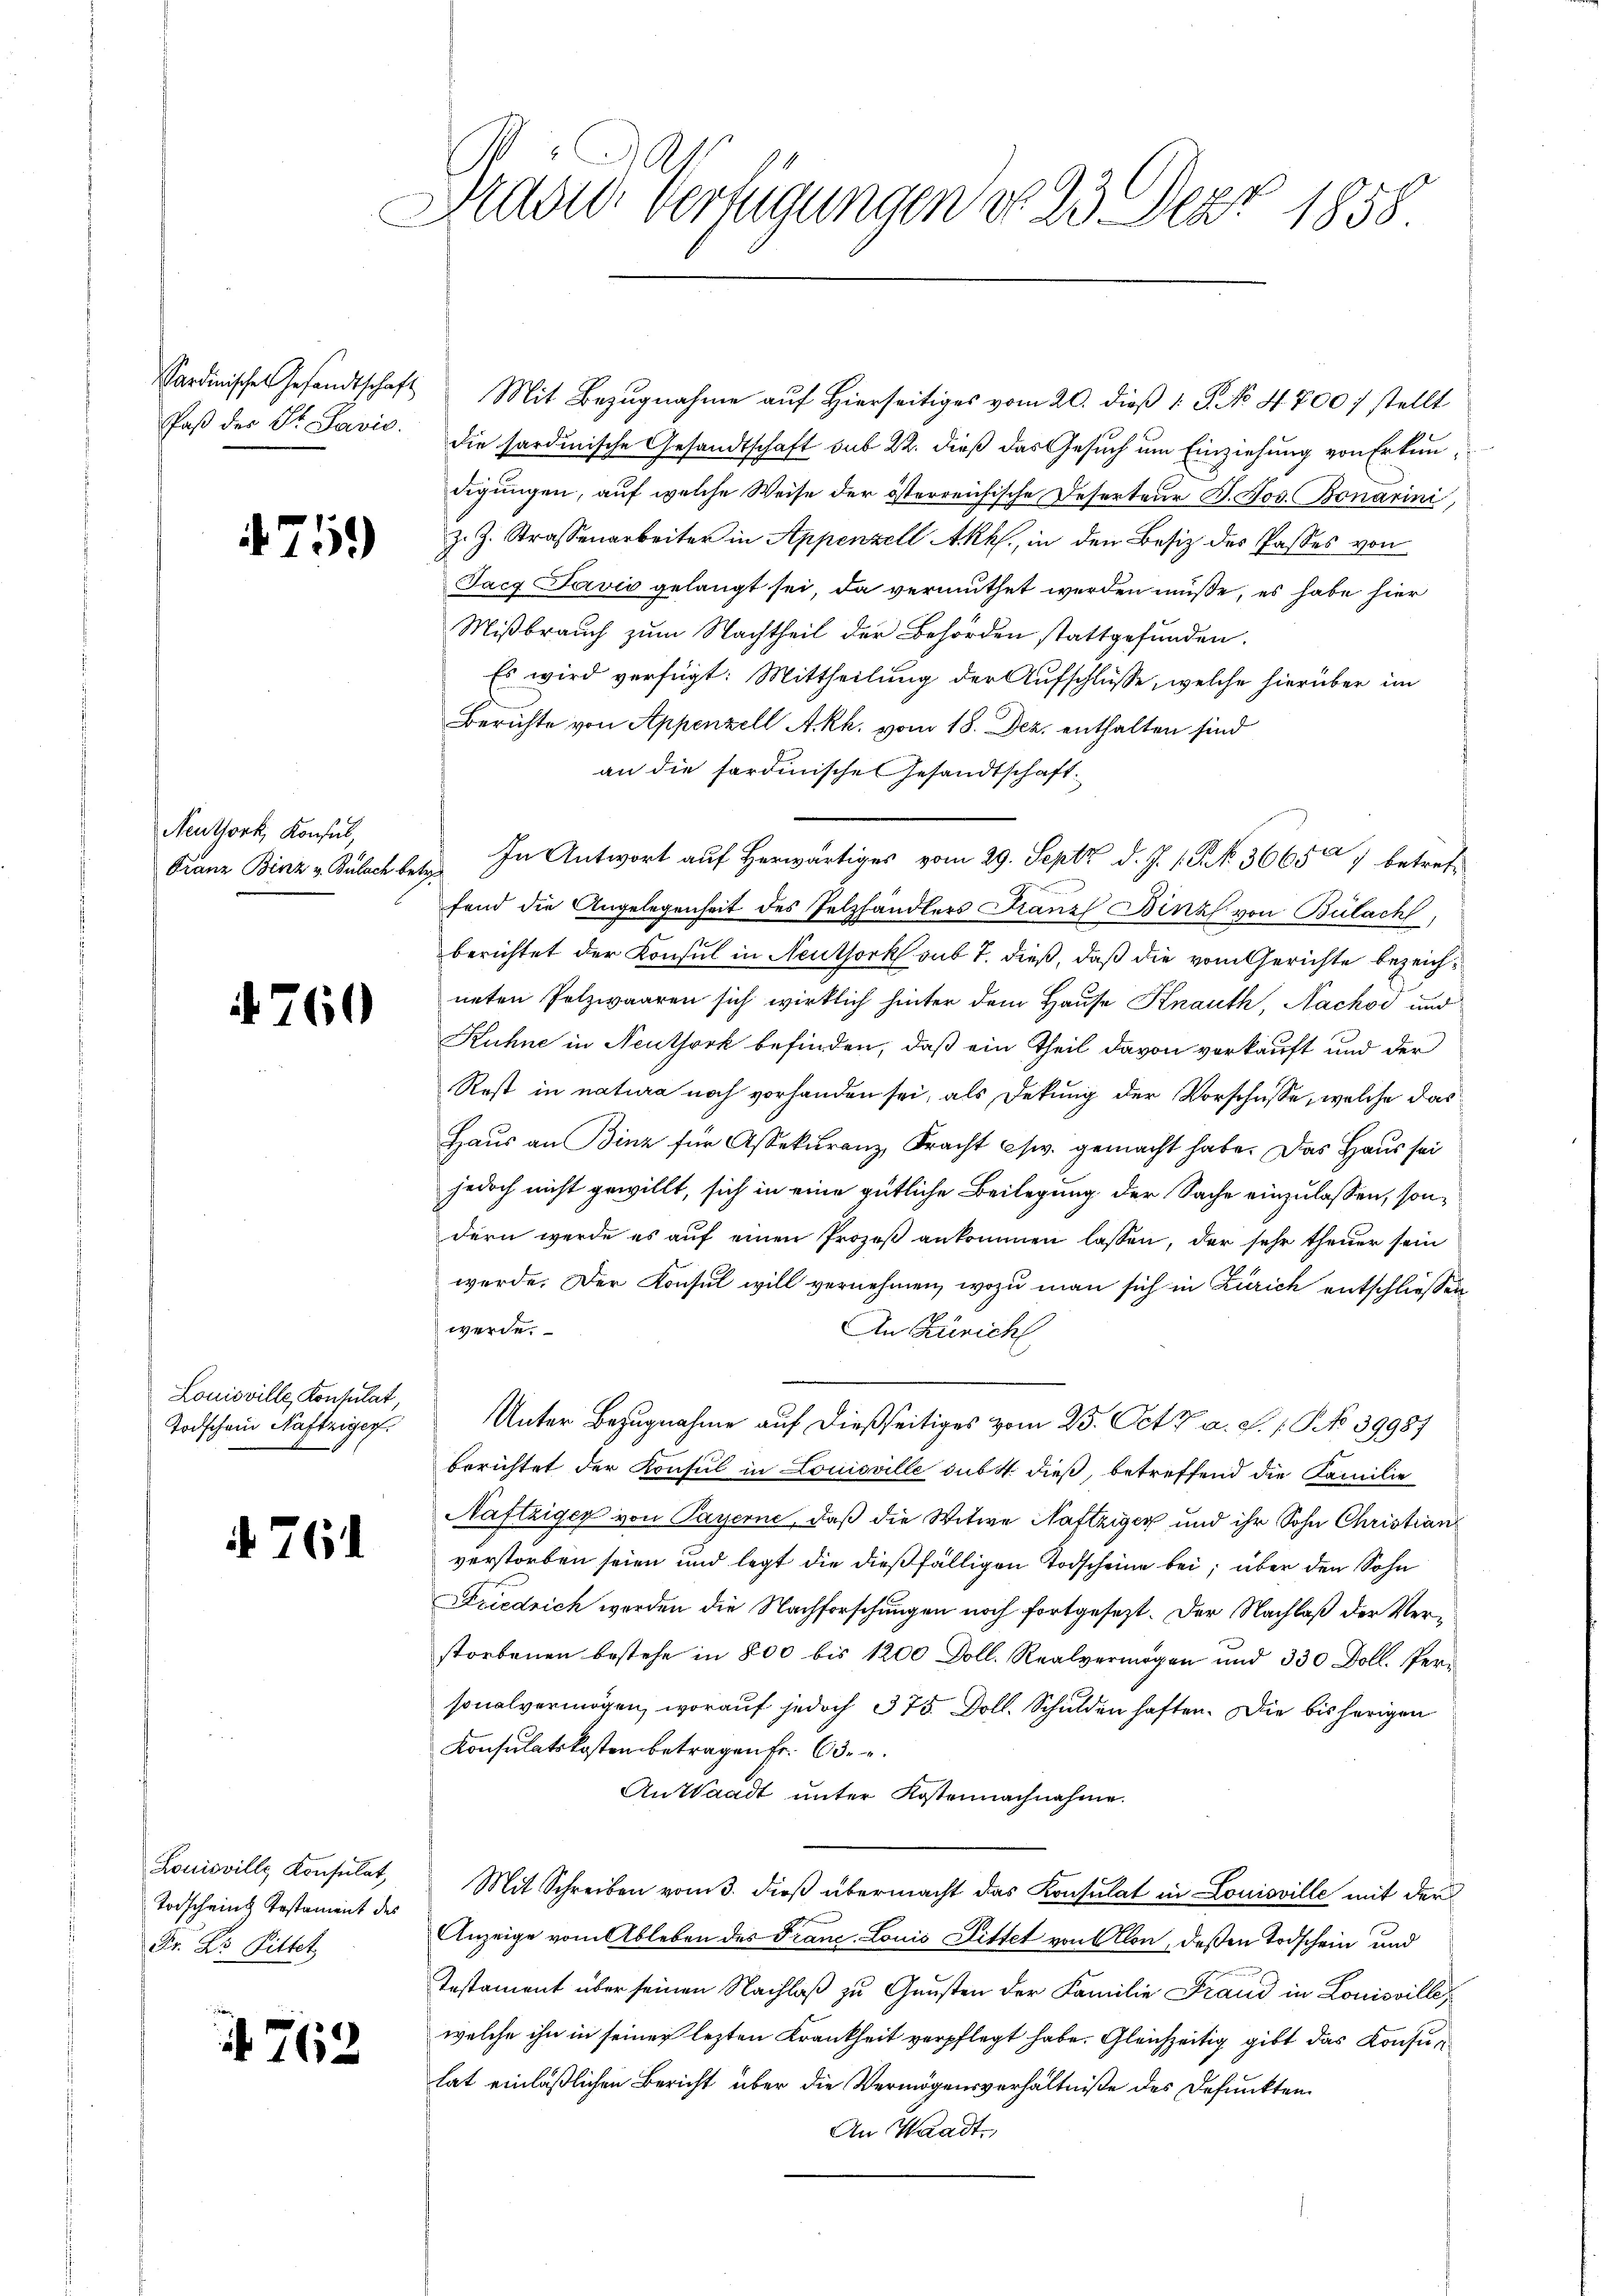
Sardinische Gesandtschaft
faß der Dr. Savio.

4751)

Neuthork, Konsul,

4760

Louisville, Konsulat,
Todschein Naftziger.

761

Louisville Konsulat,
Todschein Testament des
Fr. Dr. Pittet

762

Präsid. Verfügungen von 23. Derz 1858

Mit Bezugnahme auf Hierseitiges vom 20. dieß 1 S. No 4800; stellt
die sardinische Gesandtschaft sub 22. dieß das Gesuch um Einziehung von Erkundigungen, auf welche Weise der österreichische Deserteur H. Jos. Bonarini,
J. J. Strassenarbeiter in Appenzell Akkl., in den Besiz des Passes von
Tacq Javić gelangt sei, da vermuthet werden müße, es habe hier
Mißbrauch zum Nachtheil der Behörden stattgefunden.
Es wird verfügt: Mittheilung der Aufschlüsse, welche hierüber im
Berichte von Appenzell Akh. vom 18. Dez. enthalten sind
an die sardinische Gesandtschaft.
Franz Binz v. Bülach betr. In Antwort auf Herwärtiges vom 29. Septz d. J. 1. P. Nr. 36657 betreffend die Angelegenheit des Pelzhändlers Franz Binz von Bülach,
berichtet der Konsul in Neuthork sub 7. dieß, daß die vom Gerichte bezeichneten Polzwaaren sich wirklich hinter dem Hause Knauth, Nachov und
Kühne in Neuthork befinden, daß ein Theil davon vorkauft und der
Rost in natura noch vorhanden sei, als Dekung der Vorschüsse, welche das
Haus an Binz für Assekuranz, Fracht csw. gemacht habe. Das Haus sei
jedoch nicht gewillt, sich in eine gütliche Beilegung der Sache einzulassen, sondern werde es auf einen Prozeß ankommen lassen, der sehr theuer sein
werde. Der Konsul will vernehmen, wozu man sich in Zürich entschliessen
werde.
An Zürich
Unter Bezugnahme auf dießseitiges vom 25. Oct. a. p. 1. No 39987
berichtet der Konsul in Louisville sub 4. dieß, betreffend die Familie
Naftziger von Payerne, daß die Witwe Naftziger und ihr Sohn Christian
verstorben seien und legt die dießfälligen Todscheine bei; über den Sohn
Friedrich werden die Nachforschungen noch fortgesezt. Der Nachlaß der Verstorbenen bestehe in 800 bis 1200 Doll. Realvermögen und 330 Doll. Versonalvermögen, worauf jedoch 375 Doll. Schulden haften. Die bis herigen
Konsulatskosten betragen fr. 63.
An Waadt unter Kostennachnahme.
Mit Schreiben vom 3. dieß übermacht das Konsulat in Louisville mit der
Anzeige vom Ableben des Franc-Louis Dittet von Allon, deßen Todschein und
Testament über seinen Nachlaß zu Gunsten der Familie Frand in Louisville
welche ihn in seiner lezten Krankheit verpflegt habe. Gleichzeitig gibt das Konsuhat einläßlichen Bericht über die Vermögensverhältniße des Defunkten.
An Waadt,